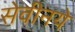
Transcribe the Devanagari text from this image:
सेवीनये